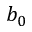
b _ { 0 }